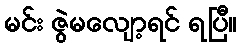
မင်း ဇွဲမလျော့ရင် ရပြီ။